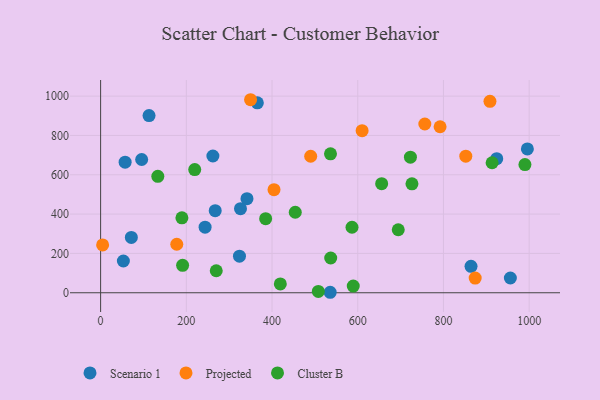
{"axis": {"x": "Price", "y": "Sales"}, "legend": ["Cluster B", "Projected", "Scenario 1"], "data": [{"x": "995.8", "y": 731.3, "type": "Scenario 1"}, {"x": "324.0", "y": 186.0, "type": "Scenario 1"}, {"x": "53.1", "y": 161.5, "type": "Scenario 1"}, {"x": "95.8", "y": 677.6, "type": "Scenario 1"}, {"x": "864.3", "y": 134.2, "type": "Scenario 1"}, {"x": "535.7", "y": 2.4, "type": "Scenario 1"}, {"x": "341.5", "y": 478.5, "type": "Scenario 1"}, {"x": "267.4", "y": 417.6, "type": "Scenario 1"}, {"x": "262.0", "y": 695.4, "type": "Scenario 1"}, {"x": "113.0", "y": 900.9, "type": "Scenario 1"}, {"x": "924.3", "y": 681.9, "type": "Scenario 1"}, {"x": "365.7", "y": 966.1, "type": "Scenario 1"}, {"x": "57.2", "y": 664.0, "type": "Scenario 1"}, {"x": "243.8", "y": 333.4, "type": "Scenario 1"}, {"x": "71.7", "y": 281.2, "type": "Scenario 1"}, {"x": "326.4", "y": 427.8, "type": "Scenario 1"}, {"x": "956.1", "y": 75.1, "type": "Scenario 1"}, {"x": "177.7", "y": 246.6, "type": "Projected"}, {"x": "852.1", "y": 694.6, "type": "Projected"}, {"x": "874.0", "y": 74.7, "type": "Projected"}, {"x": "349.9", "y": 981.7, "type": "Projected"}, {"x": "792.1", "y": 844.2, "type": "Projected"}, {"x": "4.7", "y": 243.0, "type": "Projected"}, {"x": "756.5", "y": 858.2, "type": "Projected"}, {"x": "610.2", "y": 824.5, "type": "Projected"}, {"x": "908.5", "y": 973.4, "type": "Projected"}, {"x": "490.2", "y": 694.2, "type": "Projected"}, {"x": "404.6", "y": 524.3, "type": "Projected"}, {"x": "990.1", "y": 652.1, "type": "Cluster B"}, {"x": "191.3", "y": 139.4, "type": "Cluster B"}, {"x": "508.0", "y": 6.5, "type": "Cluster B"}, {"x": "655.8", "y": 554.9, "type": "Cluster B"}, {"x": "726.5", "y": 554.2, "type": "Cluster B"}, {"x": "589.5", "y": 33.7, "type": "Cluster B"}, {"x": "694.5", "y": 320.3, "type": "Cluster B"}, {"x": "536.4", "y": 706.3, "type": "Cluster B"}, {"x": "586.6", "y": 333.1, "type": "Cluster B"}, {"x": "269.8", "y": 111.8, "type": "Cluster B"}, {"x": "133.5", "y": 592.1, "type": "Cluster B"}, {"x": "536.9", "y": 176.8, "type": "Cluster B"}, {"x": "189.7", "y": 380.9, "type": "Cluster B"}, {"x": "385.1", "y": 376.8, "type": "Cluster B"}, {"x": "419.3", "y": 44.7, "type": "Cluster B"}, {"x": "454.2", "y": 409.4, "type": "Cluster B"}, {"x": "722.9", "y": 689.3, "type": "Cluster B"}, {"x": "219.6", "y": 626.4, "type": "Cluster B"}, {"x": "913.5", "y": 661.2, "type": "Cluster B"}]}